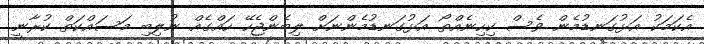
އެކަމަކު އަޅުގަނޑުމެން ވެސް ކިހިނެއްތޯ އަޅުގަނޑުމެންނަށް ލިބެންޖެހޭ ހައްގެއް ނުލިބި މަސައްކަތް ކުރާނީ.